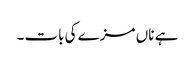
ہے ناں مزے کی بات۔